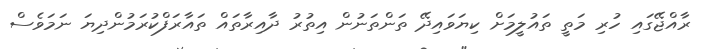
ރާއްޖޭގައި ހުރި މަތީ ތައުލީމަށް ކިޔަވައިދޭ ތަންތަނުން އިތުރު ދާއިރާތައް ތައާރަފްކުރަމުންދިޔަ ނަމަވެސް